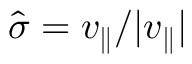
\hat { \sigma } = v _ { \parallel } / | v _ { \parallel } |